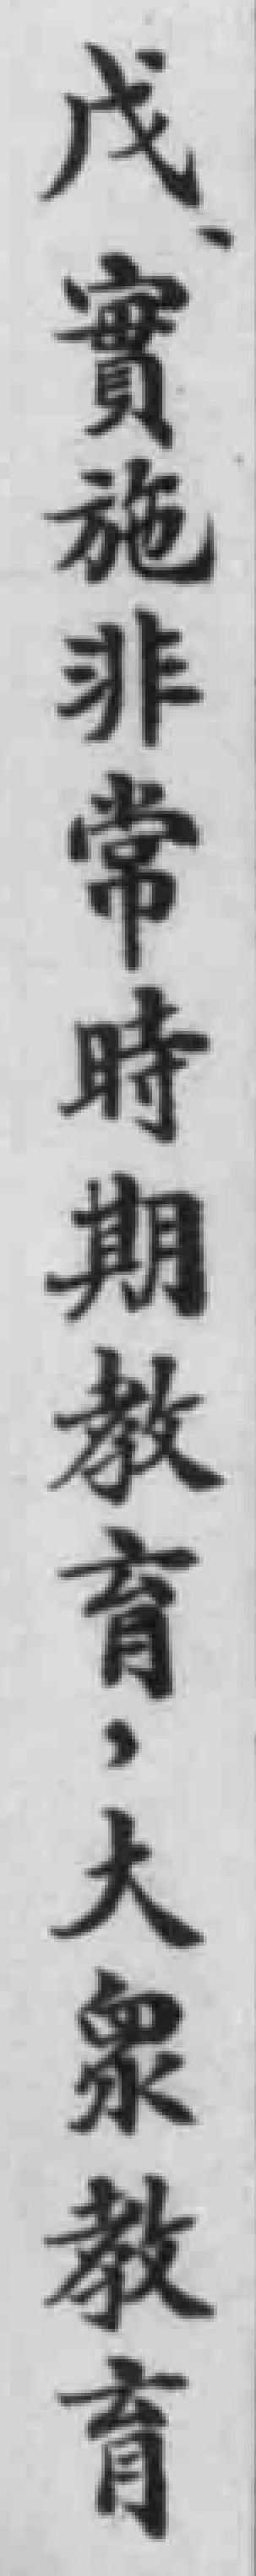
戊、實施非常時期教育，大衆教育